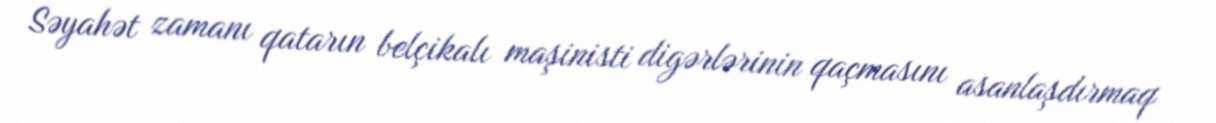
Səyahət zamanı qatarın belçikalı maşinisti digərlərinin qaçmasını asanlaşdırmaq